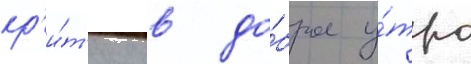
кр'и́т'ику в до́брое у́тро